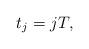
LaTeX: \begin{align*}t_j = jT,\end{align*}